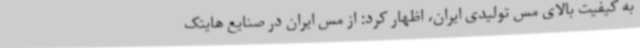
به کیفیت بالای مس تولیدی ایران، اظهار کرد: از مس ایران در صنایع هایتک